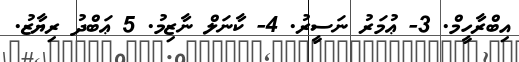
އިބްރާހީމް. 3- ޢުމަރު ނަސީރު. 4- ކާނަލް ނާޒިމު. 5 ޢަބްދު ރިޔާޒު.